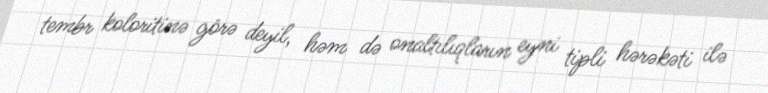
tembr koloritinə görə deyil, həm də onaltılıqların eyni tipli hərəkəti ilə